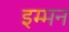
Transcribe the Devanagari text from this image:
इम्मन